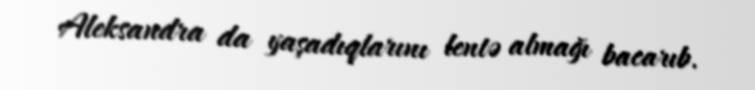
Aleksandra da yaşadıqlarını lentə almağı bacarıb.